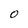
Character: O